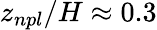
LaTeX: z_{npl}/H\approx 0.3